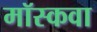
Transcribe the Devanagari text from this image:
मॉस्कवा